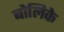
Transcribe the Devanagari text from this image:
बोलिके